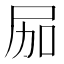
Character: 𱚶